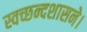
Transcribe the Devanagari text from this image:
स्वच्छन्दशासने।